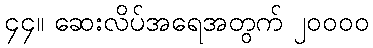
၄၄။ ဆေးလိပ်အရေအတွက် ၂၀၀၀၀